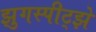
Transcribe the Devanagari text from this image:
झुगस्पीट्झे